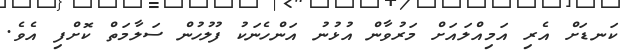
ކަނޑަށް އެރި އަމިއްލައަށް މަރުވާން އުޅުނު އަންހެނަކު ފުލުހުން ސަލާމަތް ކޮށްފި އެވެ.